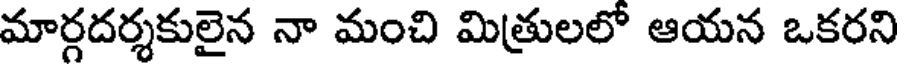
మార్గదర్శకులైన నా మంచి మిత్రులలో ఆయన ఒకరని